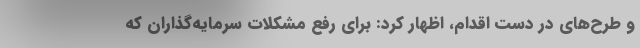
و طرح‌های در دست اقدام، اظهار کرد: برای رفع مشکلات سرمایه‌گذاران که